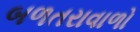
બળતરાવાળો